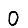
Digit: 0